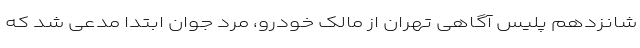
شانزدهم پلیس آگاهی تهران از مالک خودرو، مرد جوان ابتدا مدعی شد که